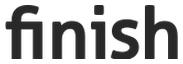
finish